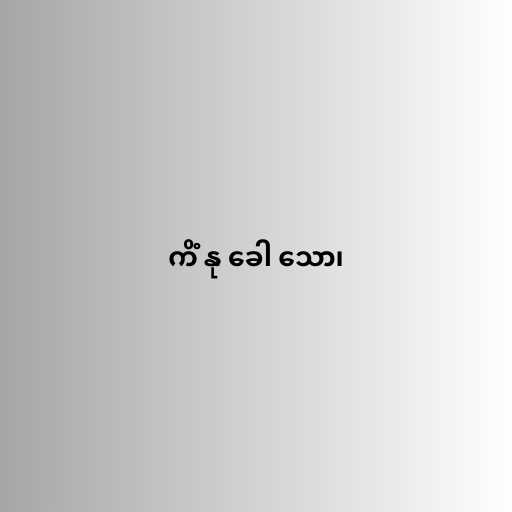
ကိံ နု ခေါ သော၊